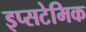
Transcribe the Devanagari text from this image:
इप्सटेमिक